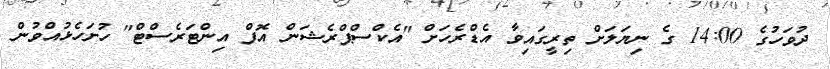
ދުވަހުގެ 14:00 ގެ ނިޔަލަށް ތިރީގައިވާ އެޑްރެހަށް "އެކްސްޕްރެޝަން އޮފް އިންޓަރެސްޓް" ހުށަހެޅުއްވުން